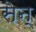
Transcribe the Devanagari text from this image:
सेन्‌